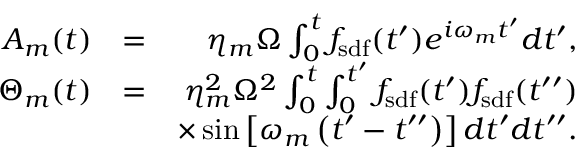
\begin{array} { r l r } { A _ { m } ( t ) } & { = } & { \eta _ { m } \Omega \int _ { 0 } ^ { t } f _ { \mathrm { s d f } } ( t ^ { \prime } ) e ^ { i \omega _ { m } t ^ { \prime } } d t ^ { \prime } , } \\ { \Theta _ { m } ( t ) } & { = } & { \eta _ { m } ^ { 2 } \Omega ^ { 2 } \int _ { 0 } ^ { t } \int _ { 0 } ^ { t ^ { \prime } } f _ { \mathrm { s d f } } ( t ^ { \prime } ) f _ { \mathrm { s d f } } ( t ^ { \prime \prime } ) } \\ & { } & { \times \sin \left[ \omega _ { m } \left( t ^ { \prime } - t ^ { \prime \prime } \right) \right] d t ^ { \prime } d t ^ { \prime \prime } . } \end{array}